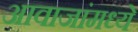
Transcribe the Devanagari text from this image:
आवाजांमध्ये